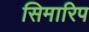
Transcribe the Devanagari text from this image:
सिमारिप